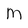
Character: M